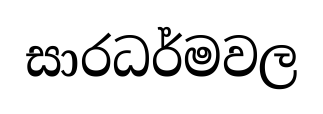
සාරධර්මවල